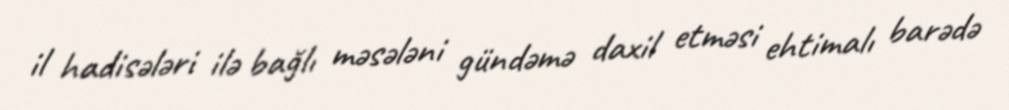
il hadisələri ilə bağlı məsələni gündəmə daxil etməsi ehtimalı barədə